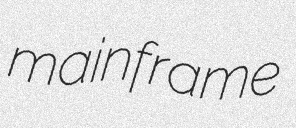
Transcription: mainframe